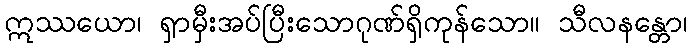
ဣဿယော၊ ရှာမှီးအပ်ပြီးသောဂုဏ်ရှိကုန်သော။ သီလနန္တော၊